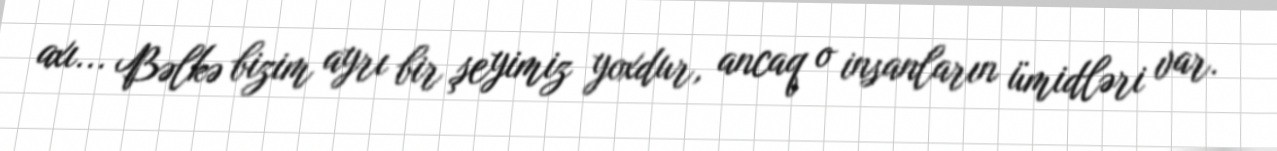
axı... Bəlkə bizim ayrı bir şeyimiz yoxdur, ancaq o insanların ümidləri var.